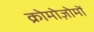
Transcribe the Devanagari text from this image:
क्रोमोज़ोमों